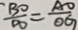
\frac { B O } { D O } = \frac { A O } { O G }